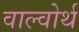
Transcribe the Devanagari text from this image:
वाल्वोर्थ